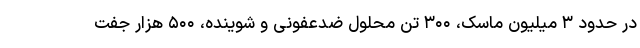
در حدود ۳ میلیون ماسک، ۳۰۰ تن محلول ضدعفونی و شوینده، ۵۰۰ هزار جفت